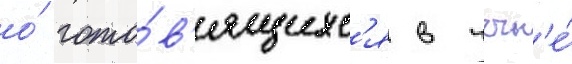
о́ гото́в'ящихс'я в чечн'е́